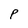
Character: P